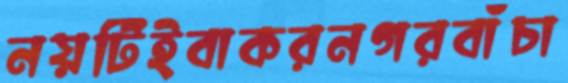
নয়টিইবাকরনগরবাঁচা